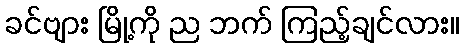
ခင်ဗျား မြို့ကို ည ဘက် ကြည့်ချင်လား။